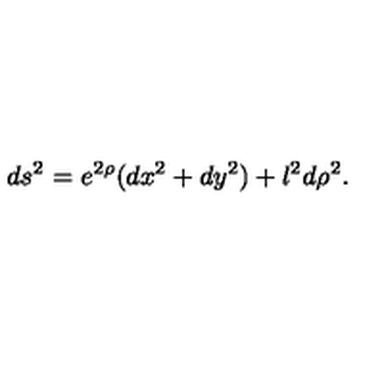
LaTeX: d s ^ { 2 } = e ^ { 2 \rho } ( d x ^ { 2 } + d y ^ { 2 } ) + l ^ { 2 } d \rho ^ { 2 } .